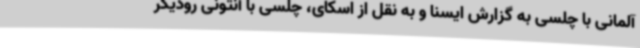
آلمانی با چلسی به گزارش ایسنا و به نقل از اسکای، چلسی با آنتونی رودیگر